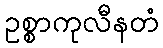
ဥစ္စာကုလီနတံ